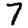
Digit: 7